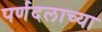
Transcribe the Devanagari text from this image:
पर्णदलाच्या